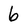
Character: 6